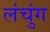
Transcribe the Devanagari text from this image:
लंचुंग